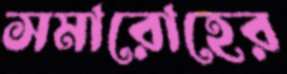
সমারোহের